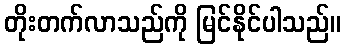
တိုးတက်လာသည်ကို မြင်နိုင်ပါသည်။